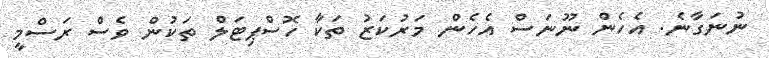
ނުނަގާނެ. އެހެން ނޫނަސް އެހެން މަރުކަޒު ތަކާ ހޮސްޕިޓަލް ތަކުން ވެސް ރަސްމީ